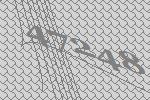
47248